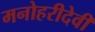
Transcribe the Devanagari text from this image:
मनोहरीदेवी